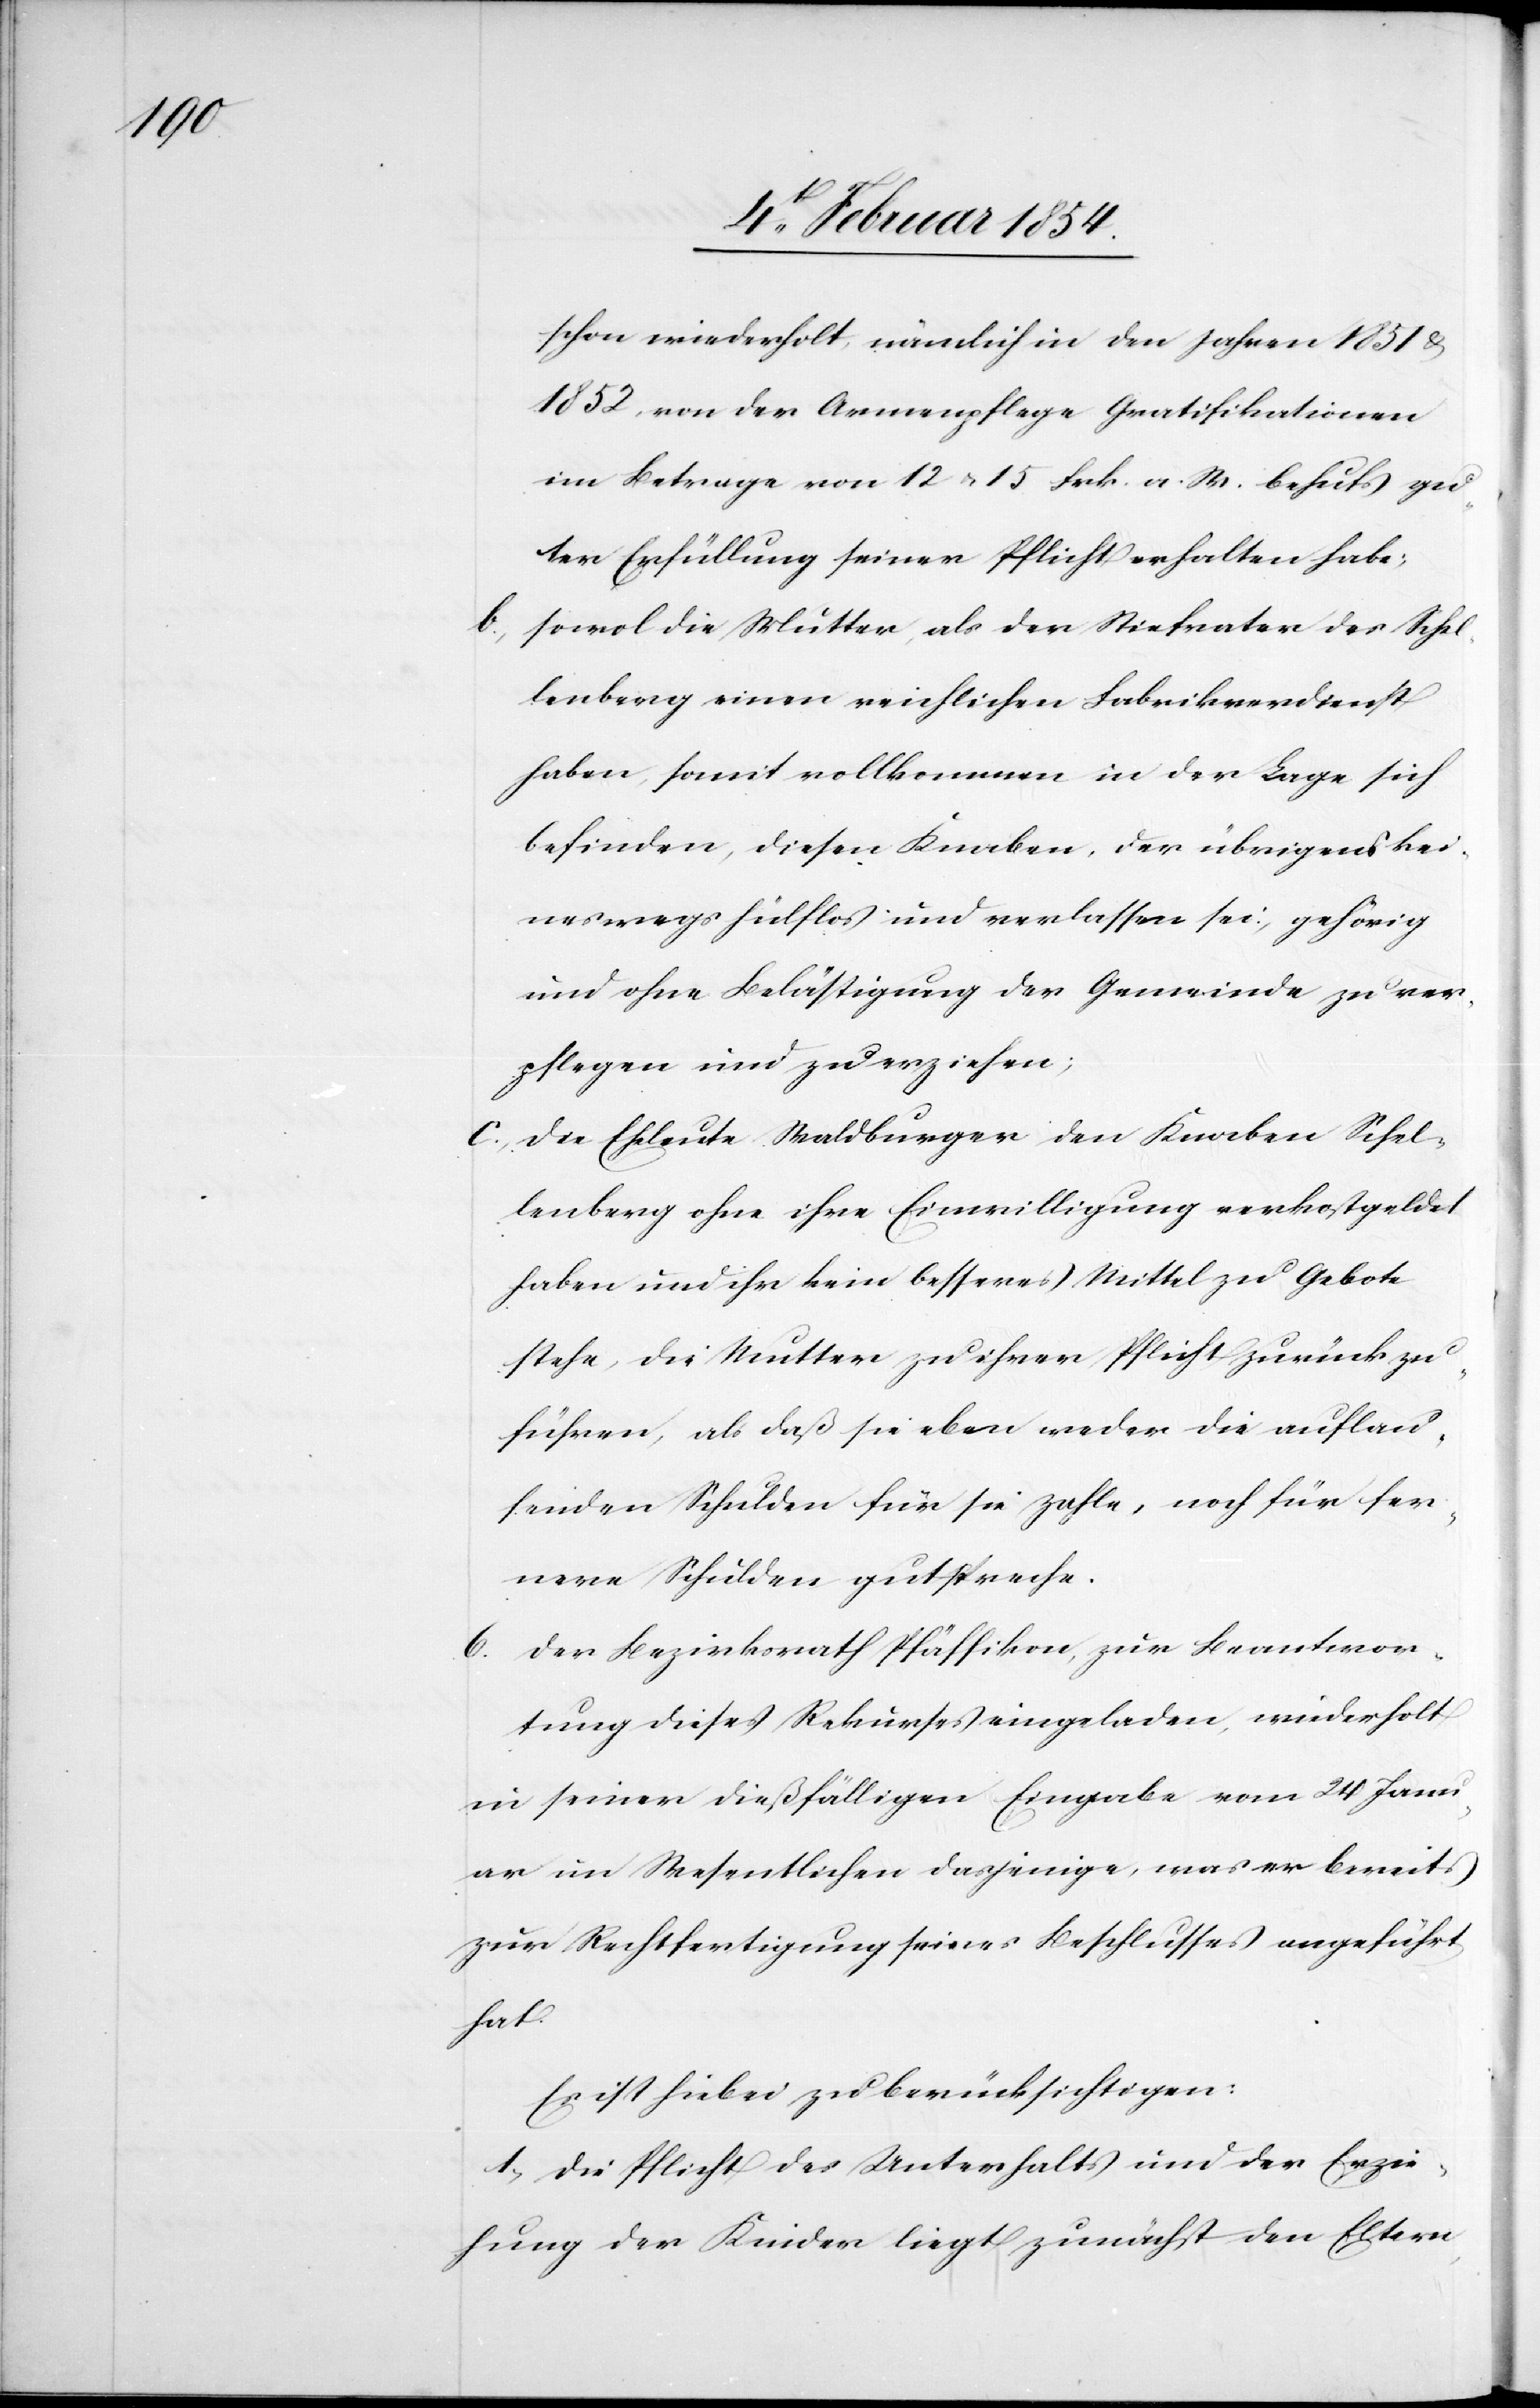
schon wiederholt, nämlich in den Jahren 1851 &
1852, von der Armenpflege Gratifikationen
im Betrage von 12 u. 15 Frk. a. M. behufs gu¬
ter Erfüllung seiner Pflicht erhalten habe;
sowol die Mutter, als der Stiefvater des Schel¬
lenberg einen reichlichen Fabrikverdienst
haben, somit vollkommen in der Lage sich
befinden, diesen Knaben, der übrigens kei¬
neswegs hülflos und verlassen sei, gehörig
und ohne Belästigung der Gemeinde zu ver¬
pflegen und zu erziehen;
c. die Eheleute Waldburger den Knaben Schel¬
lenberg ohne ihre Einwilligung verkostgeldet
haben und ihr kein besseres Mittel zu Gebote
stehe, die Mutter zu ihrer Pflicht zurück zu
führen, als daß sie eben weder die auflau¬
fenden Schulden für sie zahle, noch für fer¬
nere Schulden gutspreche.
6.
Der Bezirksrath Pfäffikon, zur Beantwor¬
tung dieses Rekurses eingeladen, wiederholt
in seiner dießfälligen Eingabe vom 24 Janu¬
ar im Wesentlichen dasjenige, was er bereits
zur Rechtfertigung seines Beschlusses angeführt
hat.
Es ist hiebei zu berücksichtigen:
1. Die Pflicht des Unterhalts und der Erzie¬
hung der Kinder liegt zunächst den Eltern